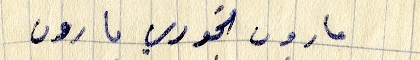
مارون الخوري مارون